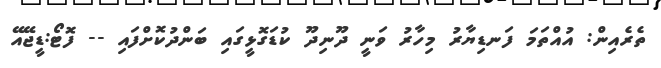
ތެރެއިން: އުއްތަމަ ފަނޑިޔާރު މިހާރު ވަނީ ދޫނިދޫ ކުޑަގޮޅީގައި ބަންދުކޮށްފައި -- ފޮޓޯ:ޑީޖޭއޭ